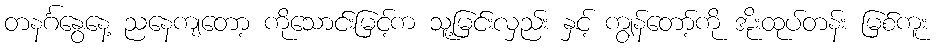
တနင်္ဂနွေနေ့ ညနေကျတော့ ကိုသောင်းမြင့်က သူ့မြင်းလှည်း နှင့် ကျွန်တော့်ကို အိုးထုပ်တန်း မြစ်ကူး